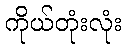
ကိုယ်တုံးလုံး